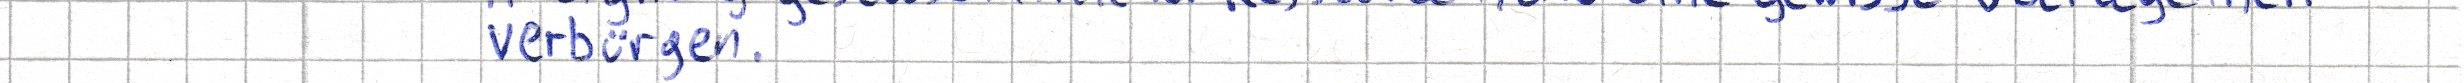
verbürgen.